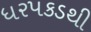
ધરપકડથી